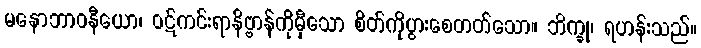
မနောဘာဝနီယော၊ ဝဋ်ကင်းရာနိဗ္ဗာန်ကိုမှီသော စိတ်ကိုပွားစေတတ်သော။ ဘိက္ခု၊ ရဟန်းသည်။